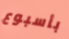
بأسبوع